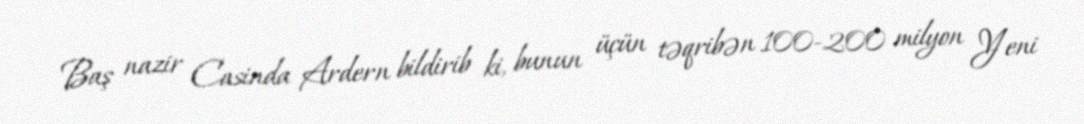
Baş nazir Casinda Ardern bildirib ki, bunun üçün təqribən 100-200 milyon Yeni